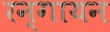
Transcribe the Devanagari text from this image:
रन्गायन